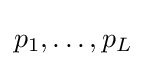
{\textstyle p_{1},\dots ,p_{L}}